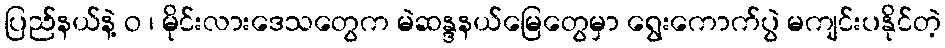
ပြည်နယ်နဲ့ ဝ ၊ မိုင်းလားဒေသတွေက မဲဆန္ဒနယ်မြေတွေမှာ ရွေးကောက်ပွဲ မကျင်းပနိုင်တဲ့